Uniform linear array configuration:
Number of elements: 64
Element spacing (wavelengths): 0.75
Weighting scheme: hamming
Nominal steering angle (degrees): -60
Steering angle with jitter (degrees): -61.6
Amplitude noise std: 0.05
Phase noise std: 0.05

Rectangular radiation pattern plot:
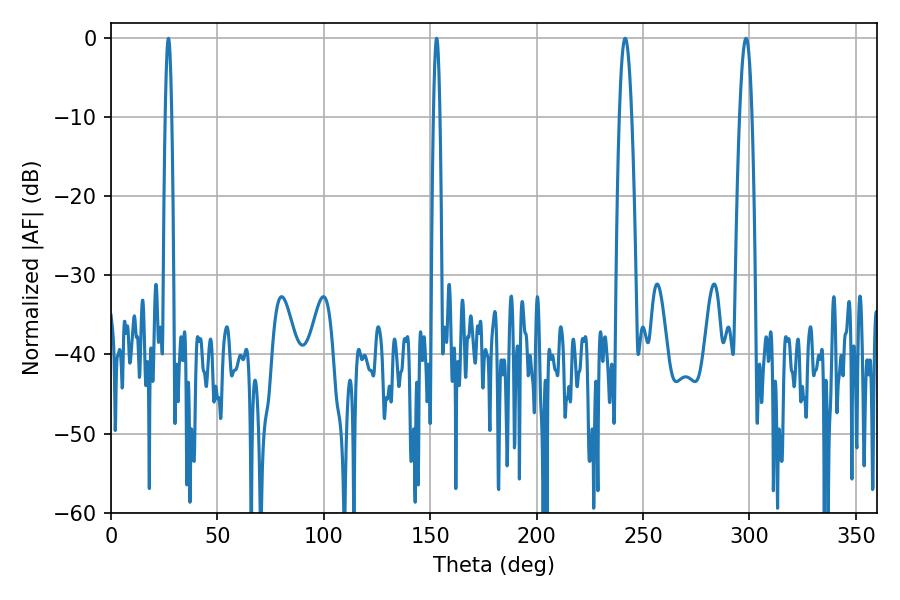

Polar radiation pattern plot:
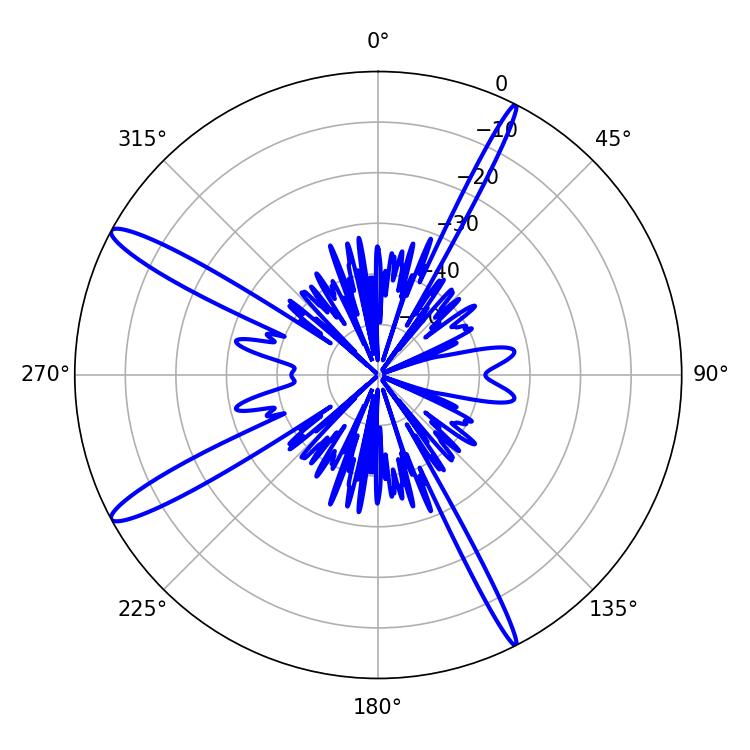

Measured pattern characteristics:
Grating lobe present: TRUE
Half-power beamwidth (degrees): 1.62
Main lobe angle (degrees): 27